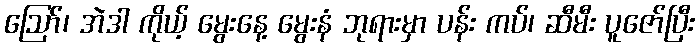
ဪ၊ အဲဒါ ကိုယ့် မွေးနေ့ မွေးနံ ဘုရားမှာ ပန်း ကပ်၊ ဆီမီး ပူဇော်ပြီး